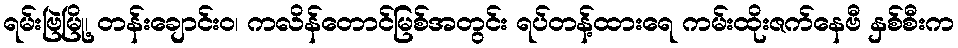
ရမ်းဗြဲမြို့၊ တန်းချောင်းဝ၊ ကလိန်တောင်မြစ်အတွင်း ရပ်တန့်ထားရေ ကမ်းထိုးဇက်နေဗီ နှစ်စီးက